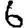
Digit: 6